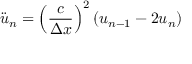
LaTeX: { \ddot { u } } _ { n } = { \left( { \frac { c } { \Delta x } } \right) } ^ { 2 } \left( u _ { n - 1 } - 2 u _ { n } \right)